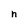
Character: n